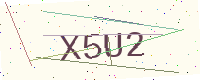
Text: X5U2